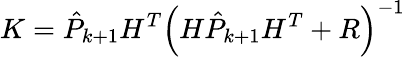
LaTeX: K=\hat{P}_{k+1}H^{T}\left(H\hat{P}_{k+1}H^{T}+R\right)^{-1}